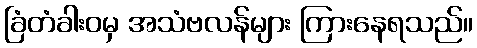
ခြံတံခါးဝမှ အသံဗလန်များ ကြားနေရသည်။